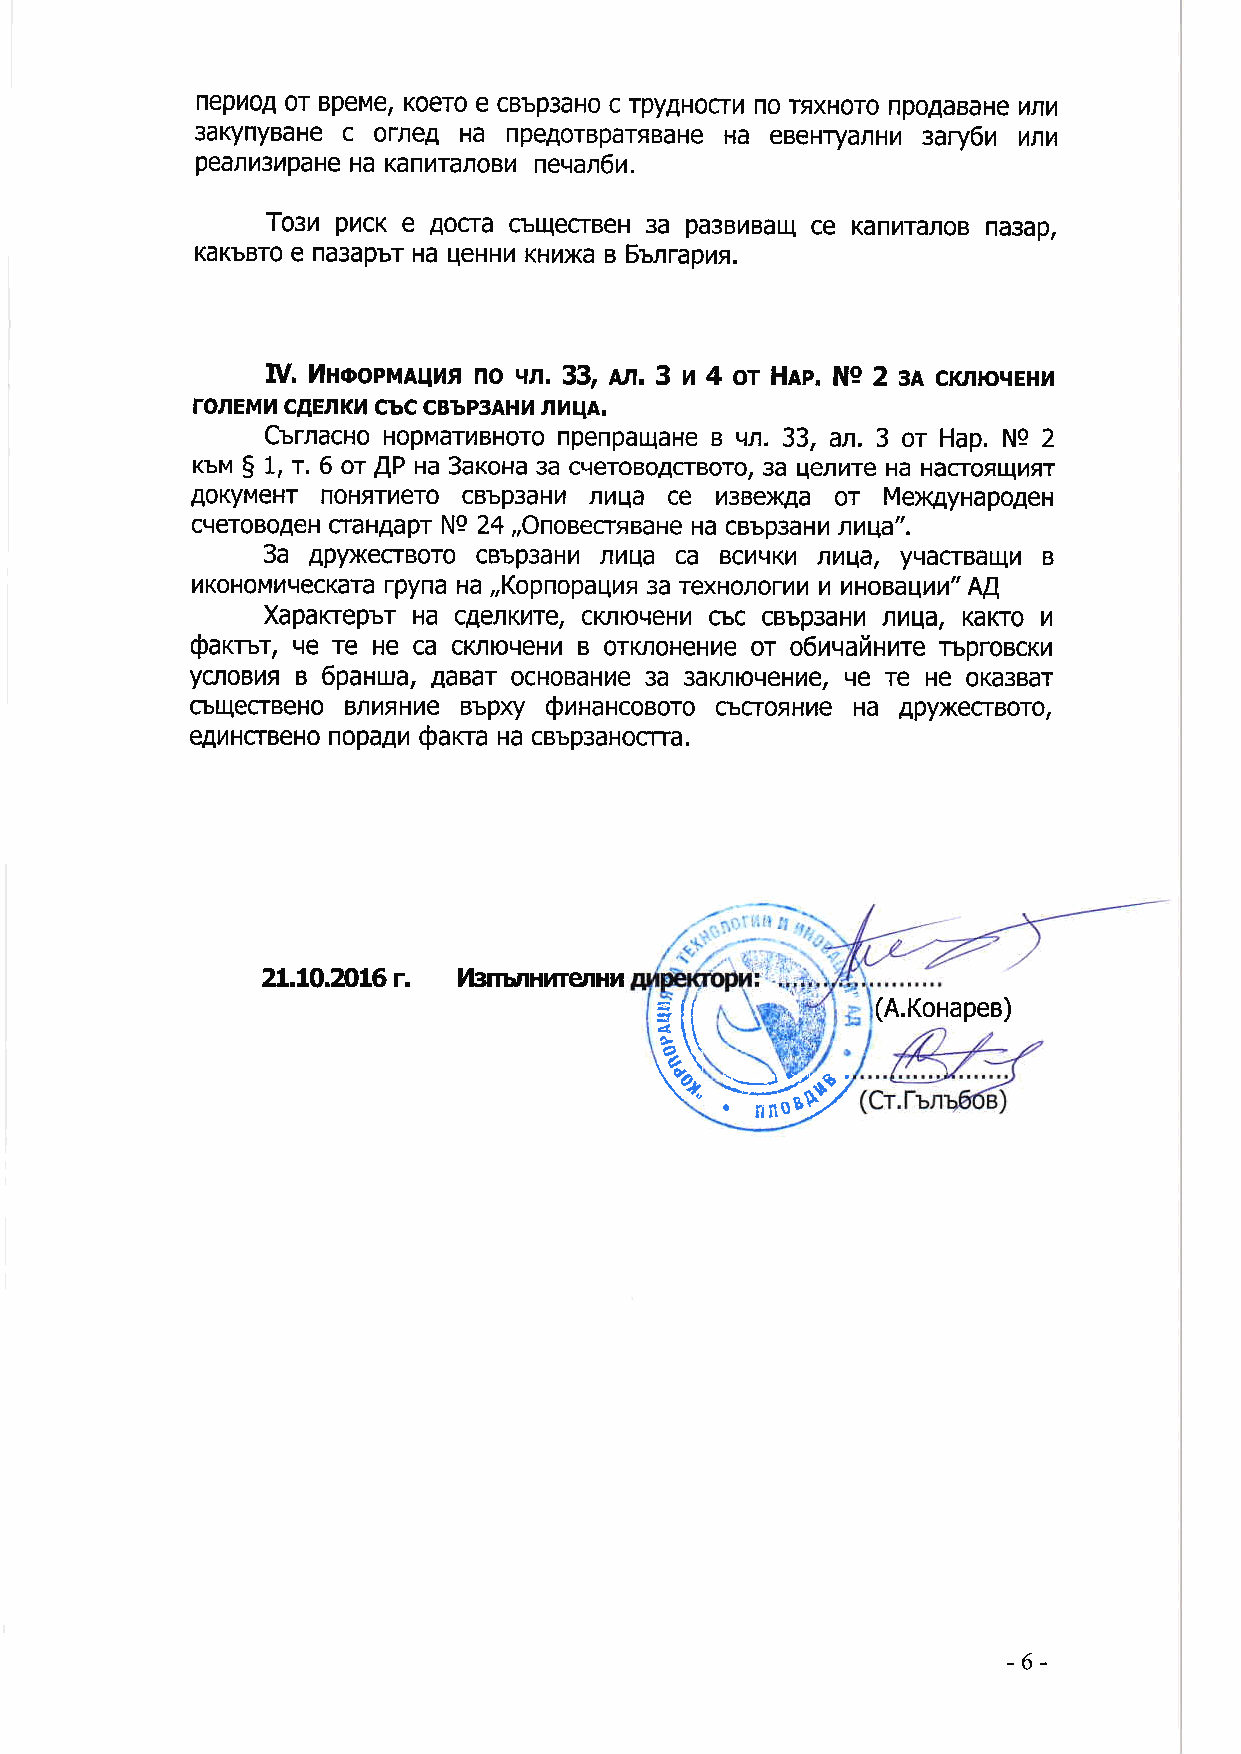
nepiloA0 T BpeMeK, oeroe cBbp3aHco r pyAHocrhn o rexHoron poAaBaHuen vl
 3aKynyBaHce orrreA Ha npeAorBpargBaHHea eBeHryanHH3 ary6n vnv
 peaflrcupaHHea K anilTanoBnile qan6il.
 Tosu pncK e Aocra cbuecrBeH3 a pa3BilBaucl e KanilTafloBn a3ap,
 KaKbBTeo n a3apbrH aq eHHiKl Hilxae Sunraprr.
 IV. l4ttoopMAqt4tn o qr. 33, Nl. 3 n 4 or Hlp. Ng 2 3A cl<lttoqEHr
 ronEMltc AEnKl4c bc cBbp3AH]nt hqA.
 CurnacnoH opMaruBHornop enpaqaHeB qr. 33, an. 3 or Hap. N9 2
 rcuv$ 1, r. 6 or [P Ha 3arcosa3 a cqeroBo4crBoro3, a qeflhre Ha HacroqlJJvl+T
 AoKyMeHTn oHerilero cBbp3aHH nnla ce h3BexAa or Mex4ynapo4eH
 cqeroBo4eHc raHAaprN 9 24,,OnoBecrtBaHeH a cBbp3aHiln nqa".
 3a AplDKecrBoroc Bbp3aHil nnqa ca BcilqKil nu.lat yLtacrBaqil B
 r4KoHoMr4LrecKrpayrnaa na,,KopnopapAe3 a rexHonorrztvr't unoea4uu"A !,
 Xaparreprr Ha c4eflKnre, cKntoqeHilc bc cBbp3aHnn nqa, KaKToH
 @arrur, qe Te He ca cKnroveHhB orKnoHeHheo r oluraaiauurer bproBcKt4
 ycnoBVAe 6panua, AaBar ocHoBaHne3 a 3aKntoqeHileq,e re He oKa3Bar
 cbqecrBeHo BnnflHVe Bbpxy Srnancoaoro cbcrorHhe Ha ApyxecrBoro,
 eAilHcrBeHon opa4h Sarra Ha cBbp3aHocrra.
 21.10.201r6. llgnunanrenuvr
 (A.KoHapee)
 R$
 ffi,q
 - 6 -